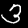
Label: 3